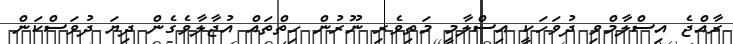
ރާއްޖެ އިސްލާމްވި ދުވަހަކީ އިސްލާމީ މަތިވެރި ނޫރުން ހިތްތައް އުޖާލާވެގެން ދިޔަ ދުވަސްކަން